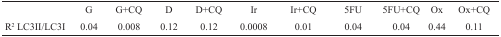
<table><thead><tr><td></td><td><b>G</b></td><td><b>G+CQ</b></td><td><b>D</b></td><td><b>D+CQ</b></td><td><b>Ir</b></td><td><b>Ir+CQ</b></td><td><b>5FU</b></td><td><b>5FU+CQ</b></td><td><b>Ox</b></td><td><b>Ox+CQ</b></td></tr></thead><tbody><tr><td>R<sup>2</sup> LC3II/LC3I</td><td>0.04</td><td>0.008</td><td>0.12</td><td>0.12</td><td>0.0008</td><td>0.01</td><td>0.04</td><td>0.04</td><td>0.44</td><td>0.11</td></tr></tbody></table>